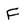
Character: F